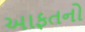
આફતનો